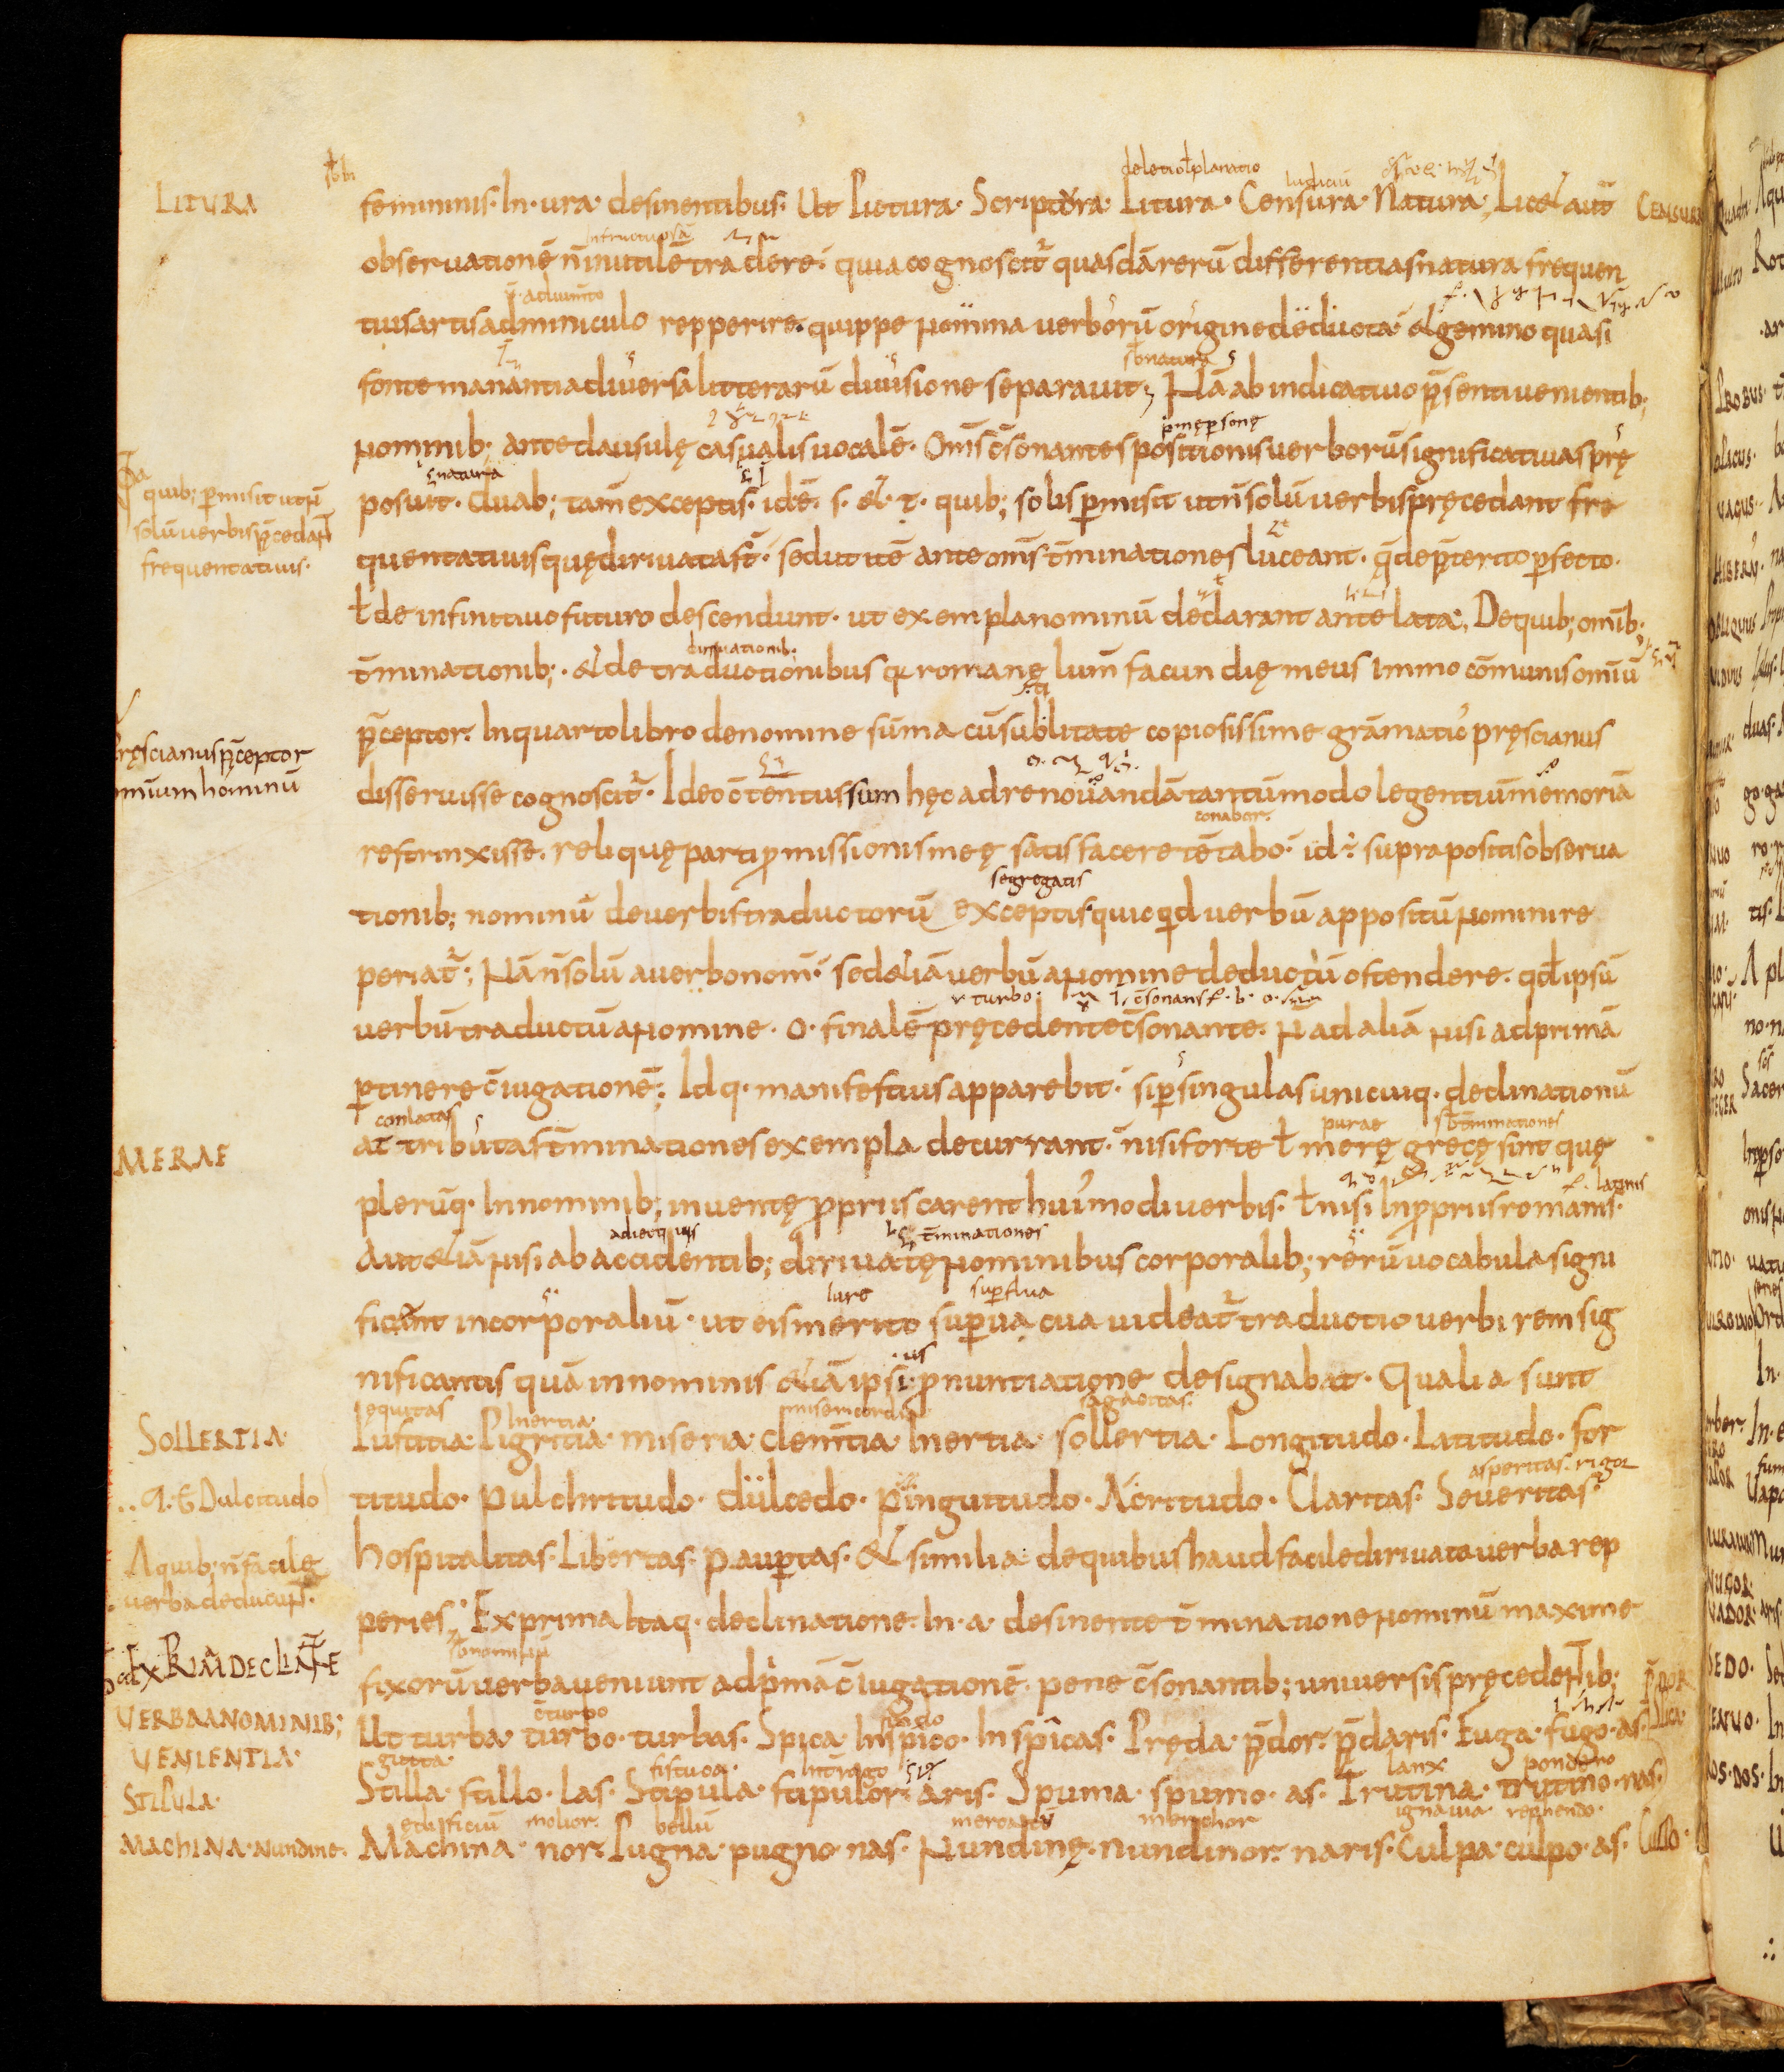
Shelfmark: Bamberg, Staatsbibliothek, MS Class. 30
Century: 9